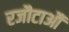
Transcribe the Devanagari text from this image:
रजौटाऔं